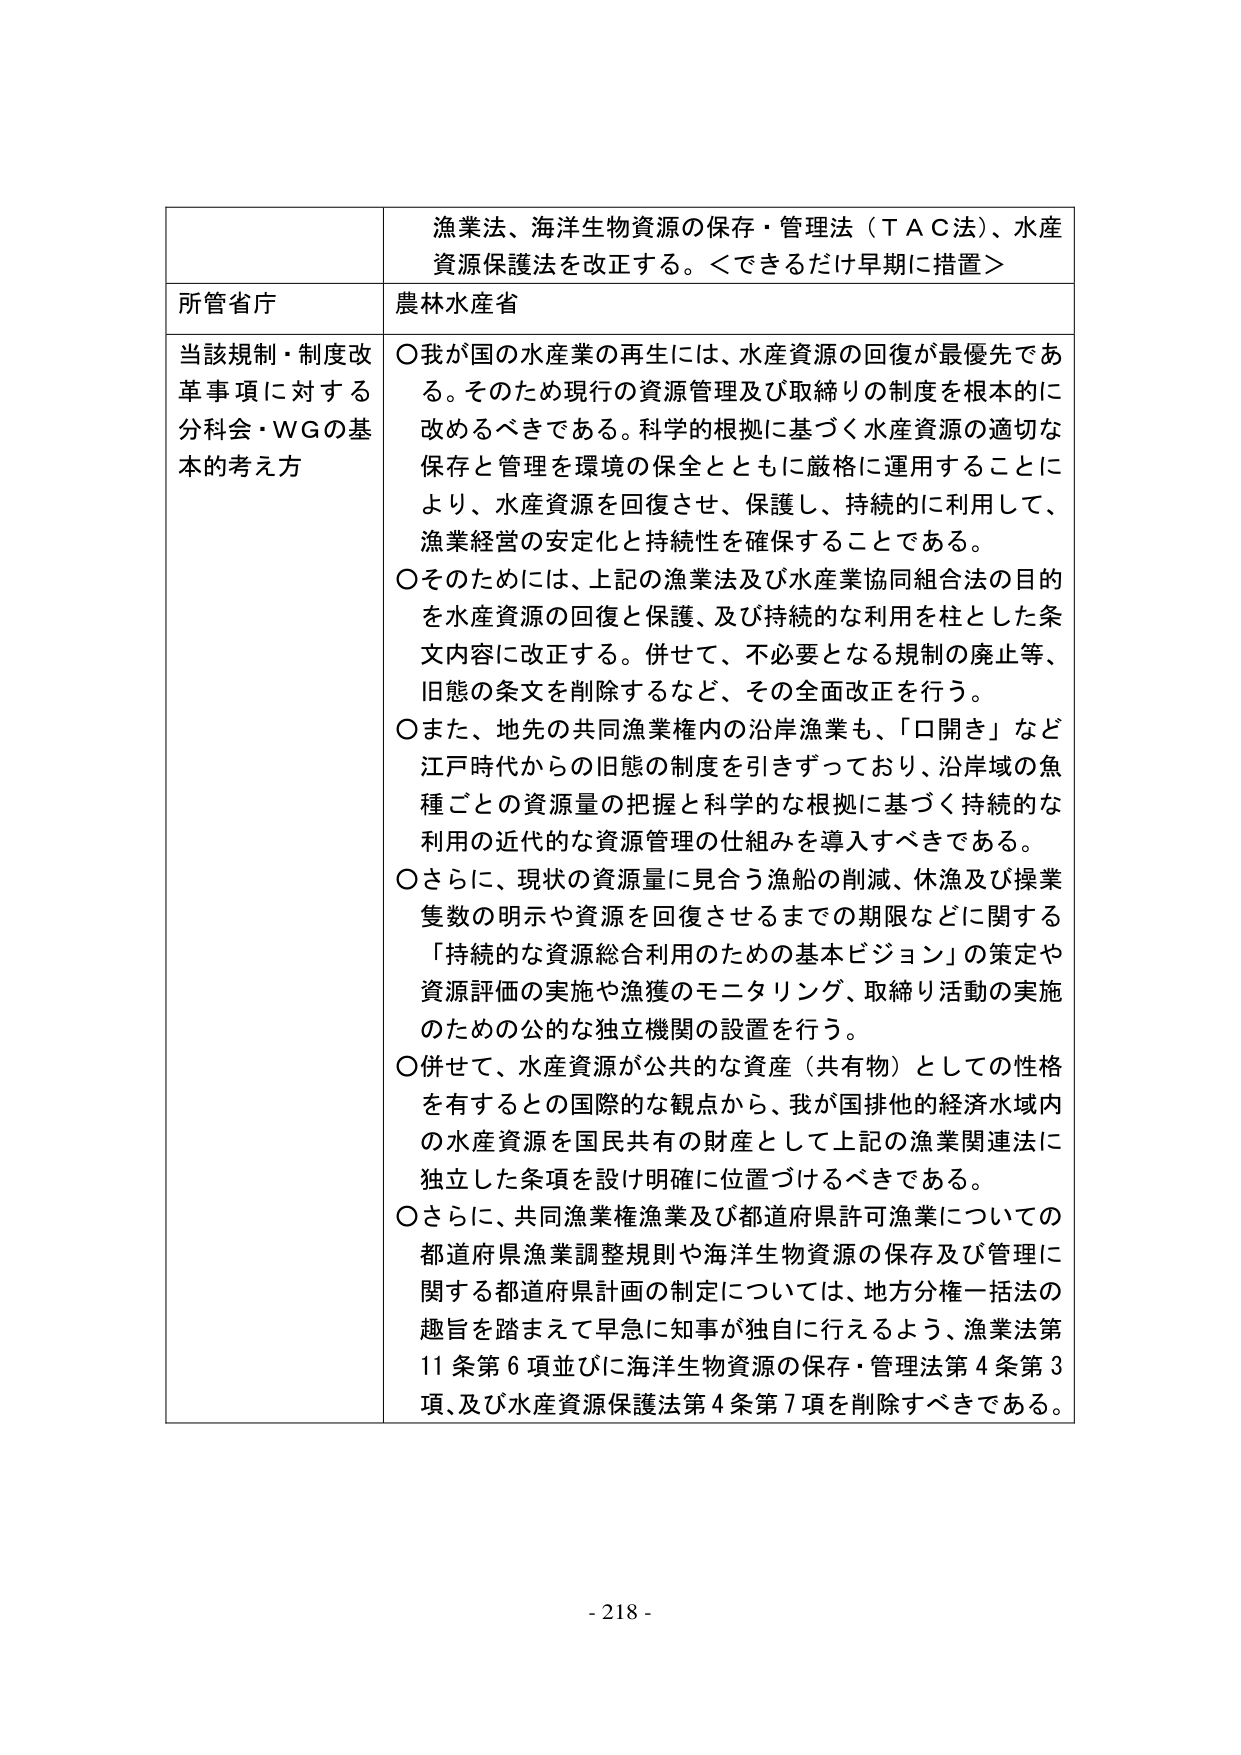
漁業法、海洋生物資源の保存・管理法（ＴＡＣ法）、水産資源保護法を改正する。＜できるだけ早期に措置＞

所管省庁
農林水産省

当該規制・制度改革事項に対する分科会・ＷＧの基本的考え方
〇我が国の水産業の再生には、水産資源の回復が最優先である。そのため現行の資源管理及び取締りの制度を根本的に改めるべきである。科学的根拠に基づく水産資源の適切な保存と管理を環境の保全とともに厳格に運用することにより、水産資源を回復させ、保護し、持続的に利用して、漁業経営の安定化と持続性を確保することである。
〇そのためには、上記の漁業法及び水産業協同組合法の目的を水産資源の回復と保護、及び持続的な利用を柱とした条文内容に改正する。併せて、不必要となる規制の廃止等、旧態の条文を削除するなど、その全面改正を行う。
〇また、地先の共同漁業権内の沿岸漁業も、「口開き」など江戸時代からの旧態の制度を引きずっており、沿岸域の魚種ごとの資源量の把握と科学的な根拠に基づく持続的な利用の近代的な資源管理の仕組みを導入すべきである。
〇さらに、現状の資源量に見合う漁船の削減、休漁及び操業隻数の明示や資源を回復させるまでの期限などに関する「持続的な資源総合利用のための基本ビジョン」の策定や資源評価の実施や漁獲のモニタリング、取締り活動の実施のための公的な独立機関の設置を行う。
〇併せて、水産資源が公共的な資産（共有物）としての性格を有するととの国際的な観点から、我が国排他的経済水域内の水産資源を国民共有の財産として上記の漁業関連法に独立した条項を設け明確に位置づけるべきである。
〇さらに、共同漁業権漁業及び都道府県許可漁業についての都道府県漁業調整規則や海洋生物資源の保存及び管理に関する都道府県計画の制定については、地方分権一括法の趣旨を踏まえて早急に知事が独自に行えるよう、漁業法第11条第6項並びに海洋生物資源の保存・管理法第4条第3項、及び水産資源保護法第4条第7項を削除すべきである。

- 218 -